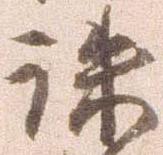
誅